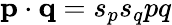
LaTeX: {\mathbf p}\cdot{\mathbf q}=s_{p}s_{q}pq